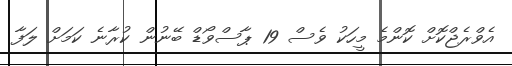
އެވްރެޖްކޮށް ކޮންމެ މީހަކު ވެސް 19 ޕާސްވޯޑް ބޭނުން ކުރާނެ ކަމަށް ލަފާ